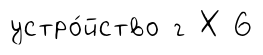
устро́йство г Х 6